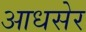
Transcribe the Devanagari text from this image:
आधसेर